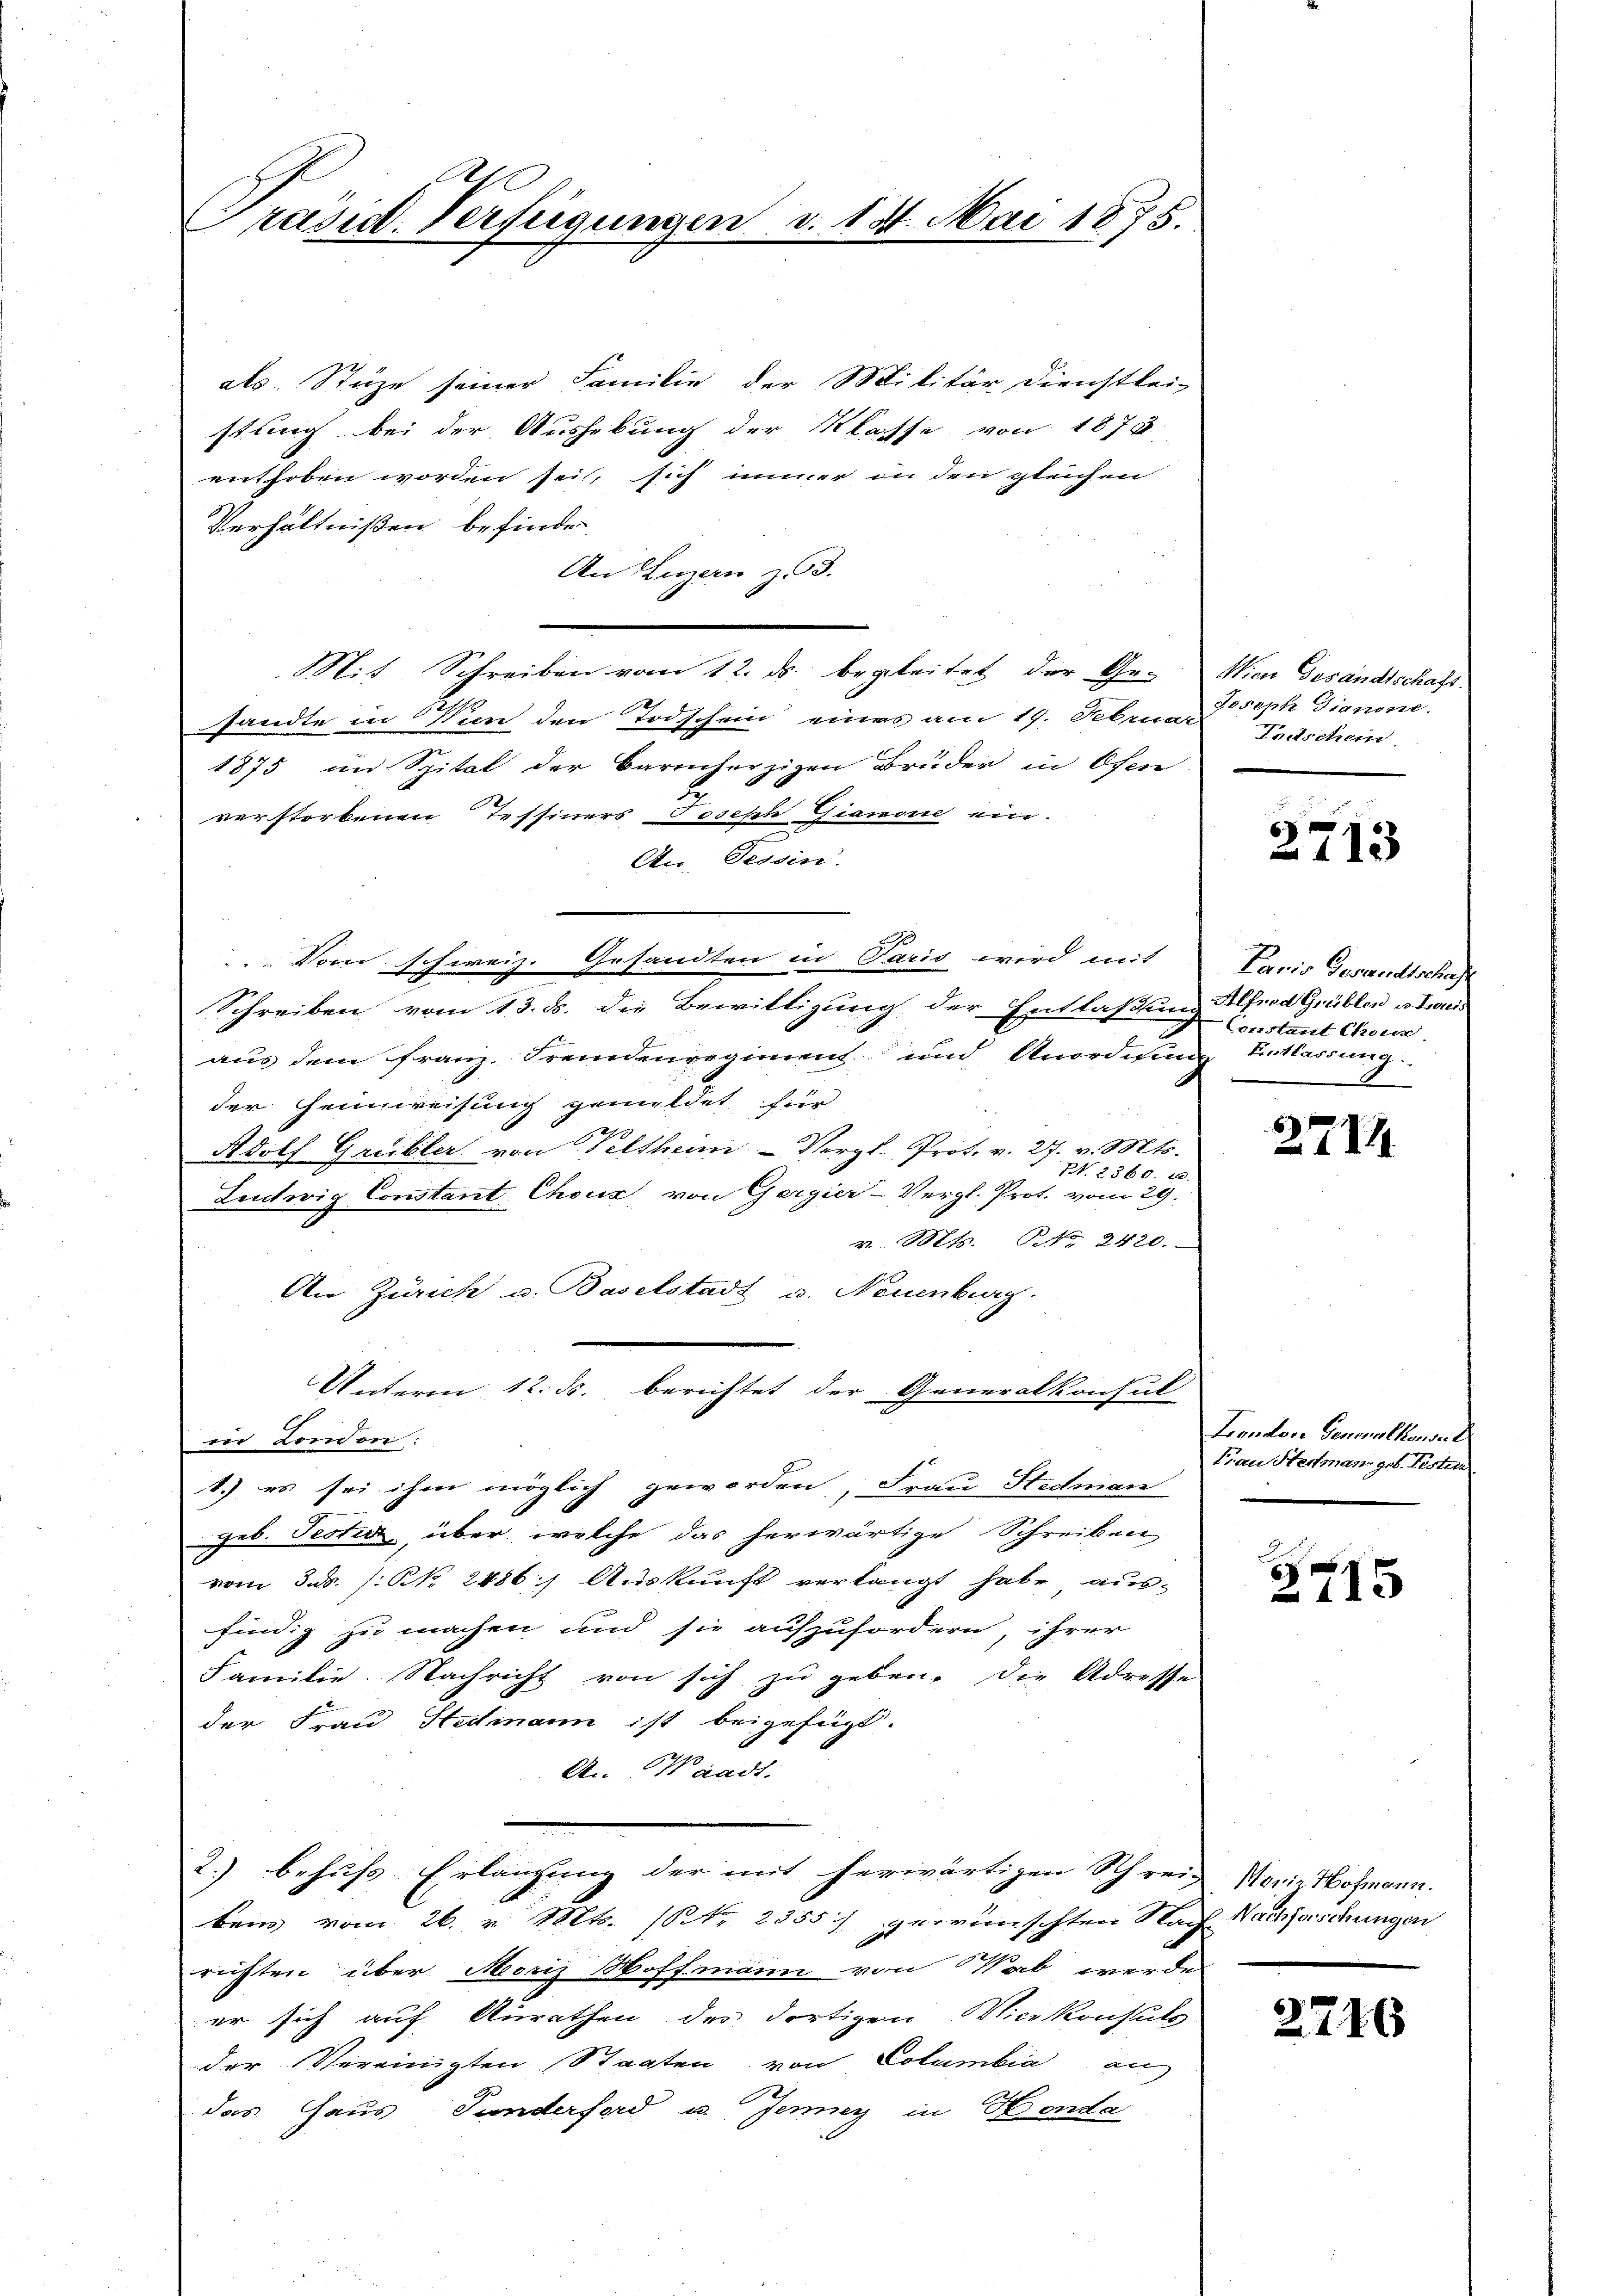
C
Präsid. Verfügungen

als. Stuze seiner Familie der Militär Dienstlei-
stung bei der Aushebung der Klasse von 1878
enthoben worden sei, sich immer in den gleichen
Verhältnißen befinden,
An Luzern zu 3.
Mit Schreiben vom 12. ds. begleitet der Ge- Wien Gesandtschaft
sandte in Von den Todschein eines am 19. Februar
1875 im Spital der Barmherzigen Brüder in Ofen
2
verstorbenen Tessiners Joseph Gianone ein.
An. Tessin.
Schreiben vom 13. ds. die Bewilligung der Entlaßung Alfred Grüblen v. Haus
E
aus dem Franz, Fremdenregiment und Anordnung Entlassung
der Heimweisung gemeldet für
Adolf Gruible von Veltheim Vergl. Prot. v. 27. v. Mts.
Nr. 2360. 10.
Ludwig Constant Choux, von Gergier-Vergl. Prot. vom 29.
v. Mts. No. 2420.
An Zürich u. Baselstadt u. Neuenburg.
Unterm 12. ds. berichtet der Generalkonsul
u London.
1.) es sei ihm möglich geworden, Frau Hedman
geb. Testi, über, welche das herwärtige Schreiben
vom 3. ds. /: N. 2486) Auskunft verlangt habe aus-
findig zu machen und sie aufzufordern, ihrer
Familie. Nachricht von sich zu geben, die Adresse
der Frau Stedmann ist beigefügt.
An Waadt.
2.) behufs Erlangung der mit herwärtigen Schreiz Noriz Hohmann.
bei vom 26. v. Mts. (Nr. 2355) gewünschten Nach Nachforschungen
richten über Moriz Hoffmann von Vab werde
er sich auf Anrathen des dortigen Vicekonsuls.
der Vereinigten Staaten von Columbia an
das Haus Funderford u. Jenner in Honda

Vom schweiz. Gesandten in Paris wird mit

4. Mai 1875.

Joseph Dianone.
Tautschein

2713

Paris Gesandtschaf
Constant Chur,
8

27.

.

London Generalkonsul
Frau Hermann geb. Tester

3715

2716